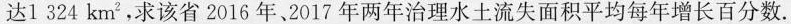
达1324km^{2}，求该省2016年、2017年两年治理水土流失面积平均每年增长百分数.